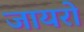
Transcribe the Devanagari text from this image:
जायरो